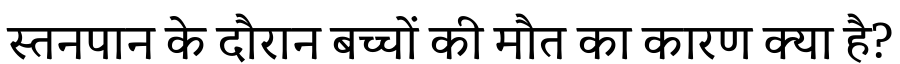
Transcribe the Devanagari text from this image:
स्तनपान के दौरान बच्चों की मौत का कारण क्या है?